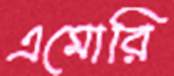
এমোরি